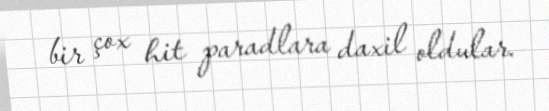
bir çox hit paradlara daxil oldular.